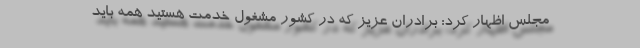
مجلس اظهار کرد: برادران عزیز که در کشور مشغول خدمت هستید همه باید